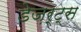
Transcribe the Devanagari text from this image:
डेज़र्ट्स